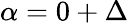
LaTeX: \alpha=0+\Delta